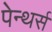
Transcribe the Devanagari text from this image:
पेन्थर्स